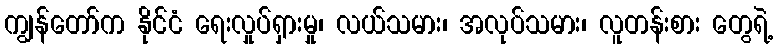
ကျွန်တော်က နိုင်ငံ ရေးလှုပ်ရှားမှု၊ လယ်သမား၊ အလုပ်သမား၊ လူတန်းစား တွေရဲ့